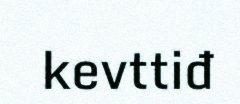
kevttiđ